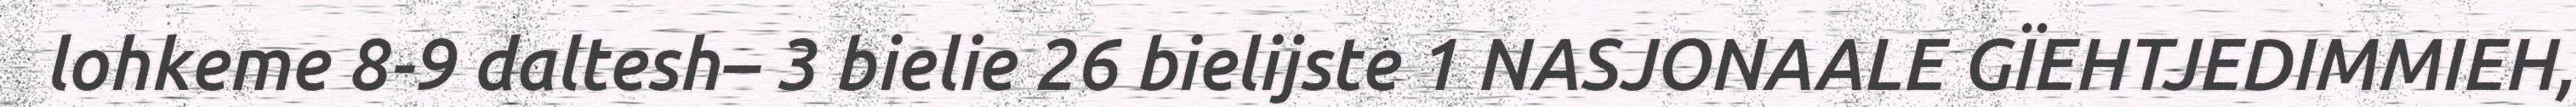
lohkeme 8-9 daltesh– 3 bielie 26 bielijste 1 NASJONAALE GÏEHTJEDIMMIEH,